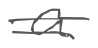
Text: a
Cross-out: double-line
Writing tool: digital_gray